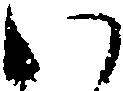
い